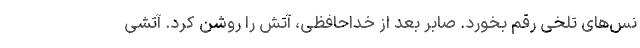
نس‌های تلخی رقم بخورد. صابر بعد از خداحافظی، آتش را روشن کرد. آتشی